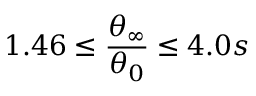
1 . 4 6 \le \frac { \theta _ { \infty } } { \theta _ { 0 } } \le 4 . 0 s